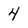
Character: 4